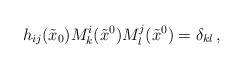
LaTeX: \begin{align*}h_{ij}(\tilde{x}_0)M^i_k(\tilde{x}^0) M^j_l(\tilde{x}^0)=\delta_{kl}\,,\end{align*}